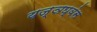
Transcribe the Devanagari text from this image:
यज्ञघ्वंस